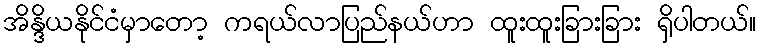
အိန္ဒိယနိုင်ငံမှာတော့ ကရယ်လာပြည်နယ်ဟာ ထူးထူးခြားခြား ရှိပါတယ်။